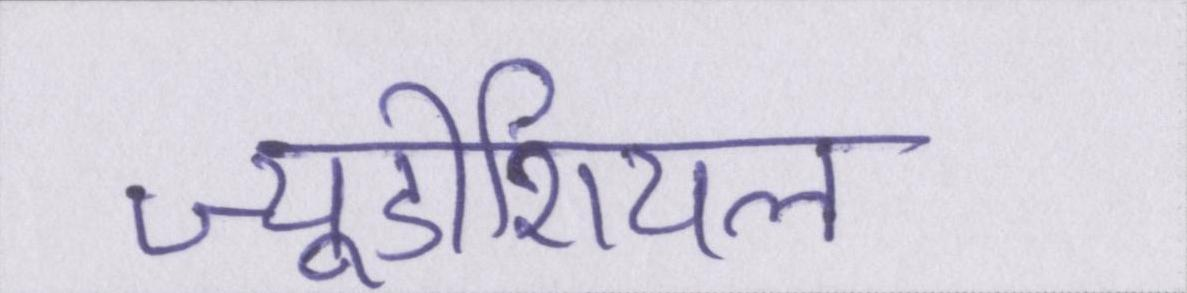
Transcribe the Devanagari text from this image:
ज्यूडीशियल